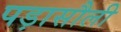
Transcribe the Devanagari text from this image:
पड़ासौली